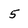
Character: 5